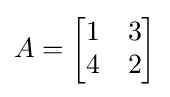
A={\begin{bmatrix}1&3\\4&2\end{bmatrix}}